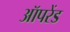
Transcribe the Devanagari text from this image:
ऑपरेंड